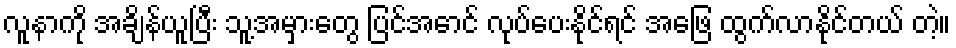
လူနာကို အချိန်ယူပြီး သူ့အမှားတွေ ပြင်အောင် လုပ်ပေးနိုင်ရင် အဖြေ ထွက်လာနိုင်တယ် တဲ့။